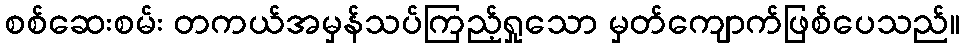
စစ်ဆေးစမ်း တကယ်အမှန်သပ်ကြည့်ရှုသော မှတ်ကျောက်ဖြစ်ပေသည်။